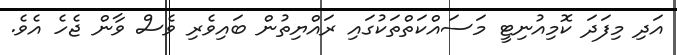
އަދި މިފަދަ ކޮމިއުނިޓީ މަސައްކަތްތަަކުގައި ރަައްޔިތުން ބައިވެރި ވެސް ވާން ޖެހެ އެވެ.